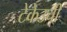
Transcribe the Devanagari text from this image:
टेकेउची